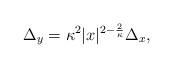
LaTeX: \begin{align*}\Delta_{y} = \kappa^2 |x|^{2- \frac{2}{\kappa}}\Delta_x,\end{align*}